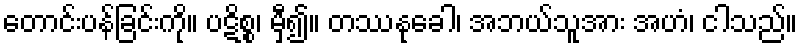
တောင်းပန်ခြင်းကို။ ပဋိစ္စ၊ မှီ၍။ တဿနုခေါ၊ အဘယ်သူအား အဟံ၊ ငါသည်။